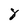
Character: 8